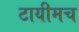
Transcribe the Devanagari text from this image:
टायीमच